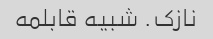
نازک. شبیه قابلمه